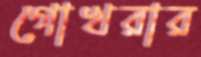
গোখরার